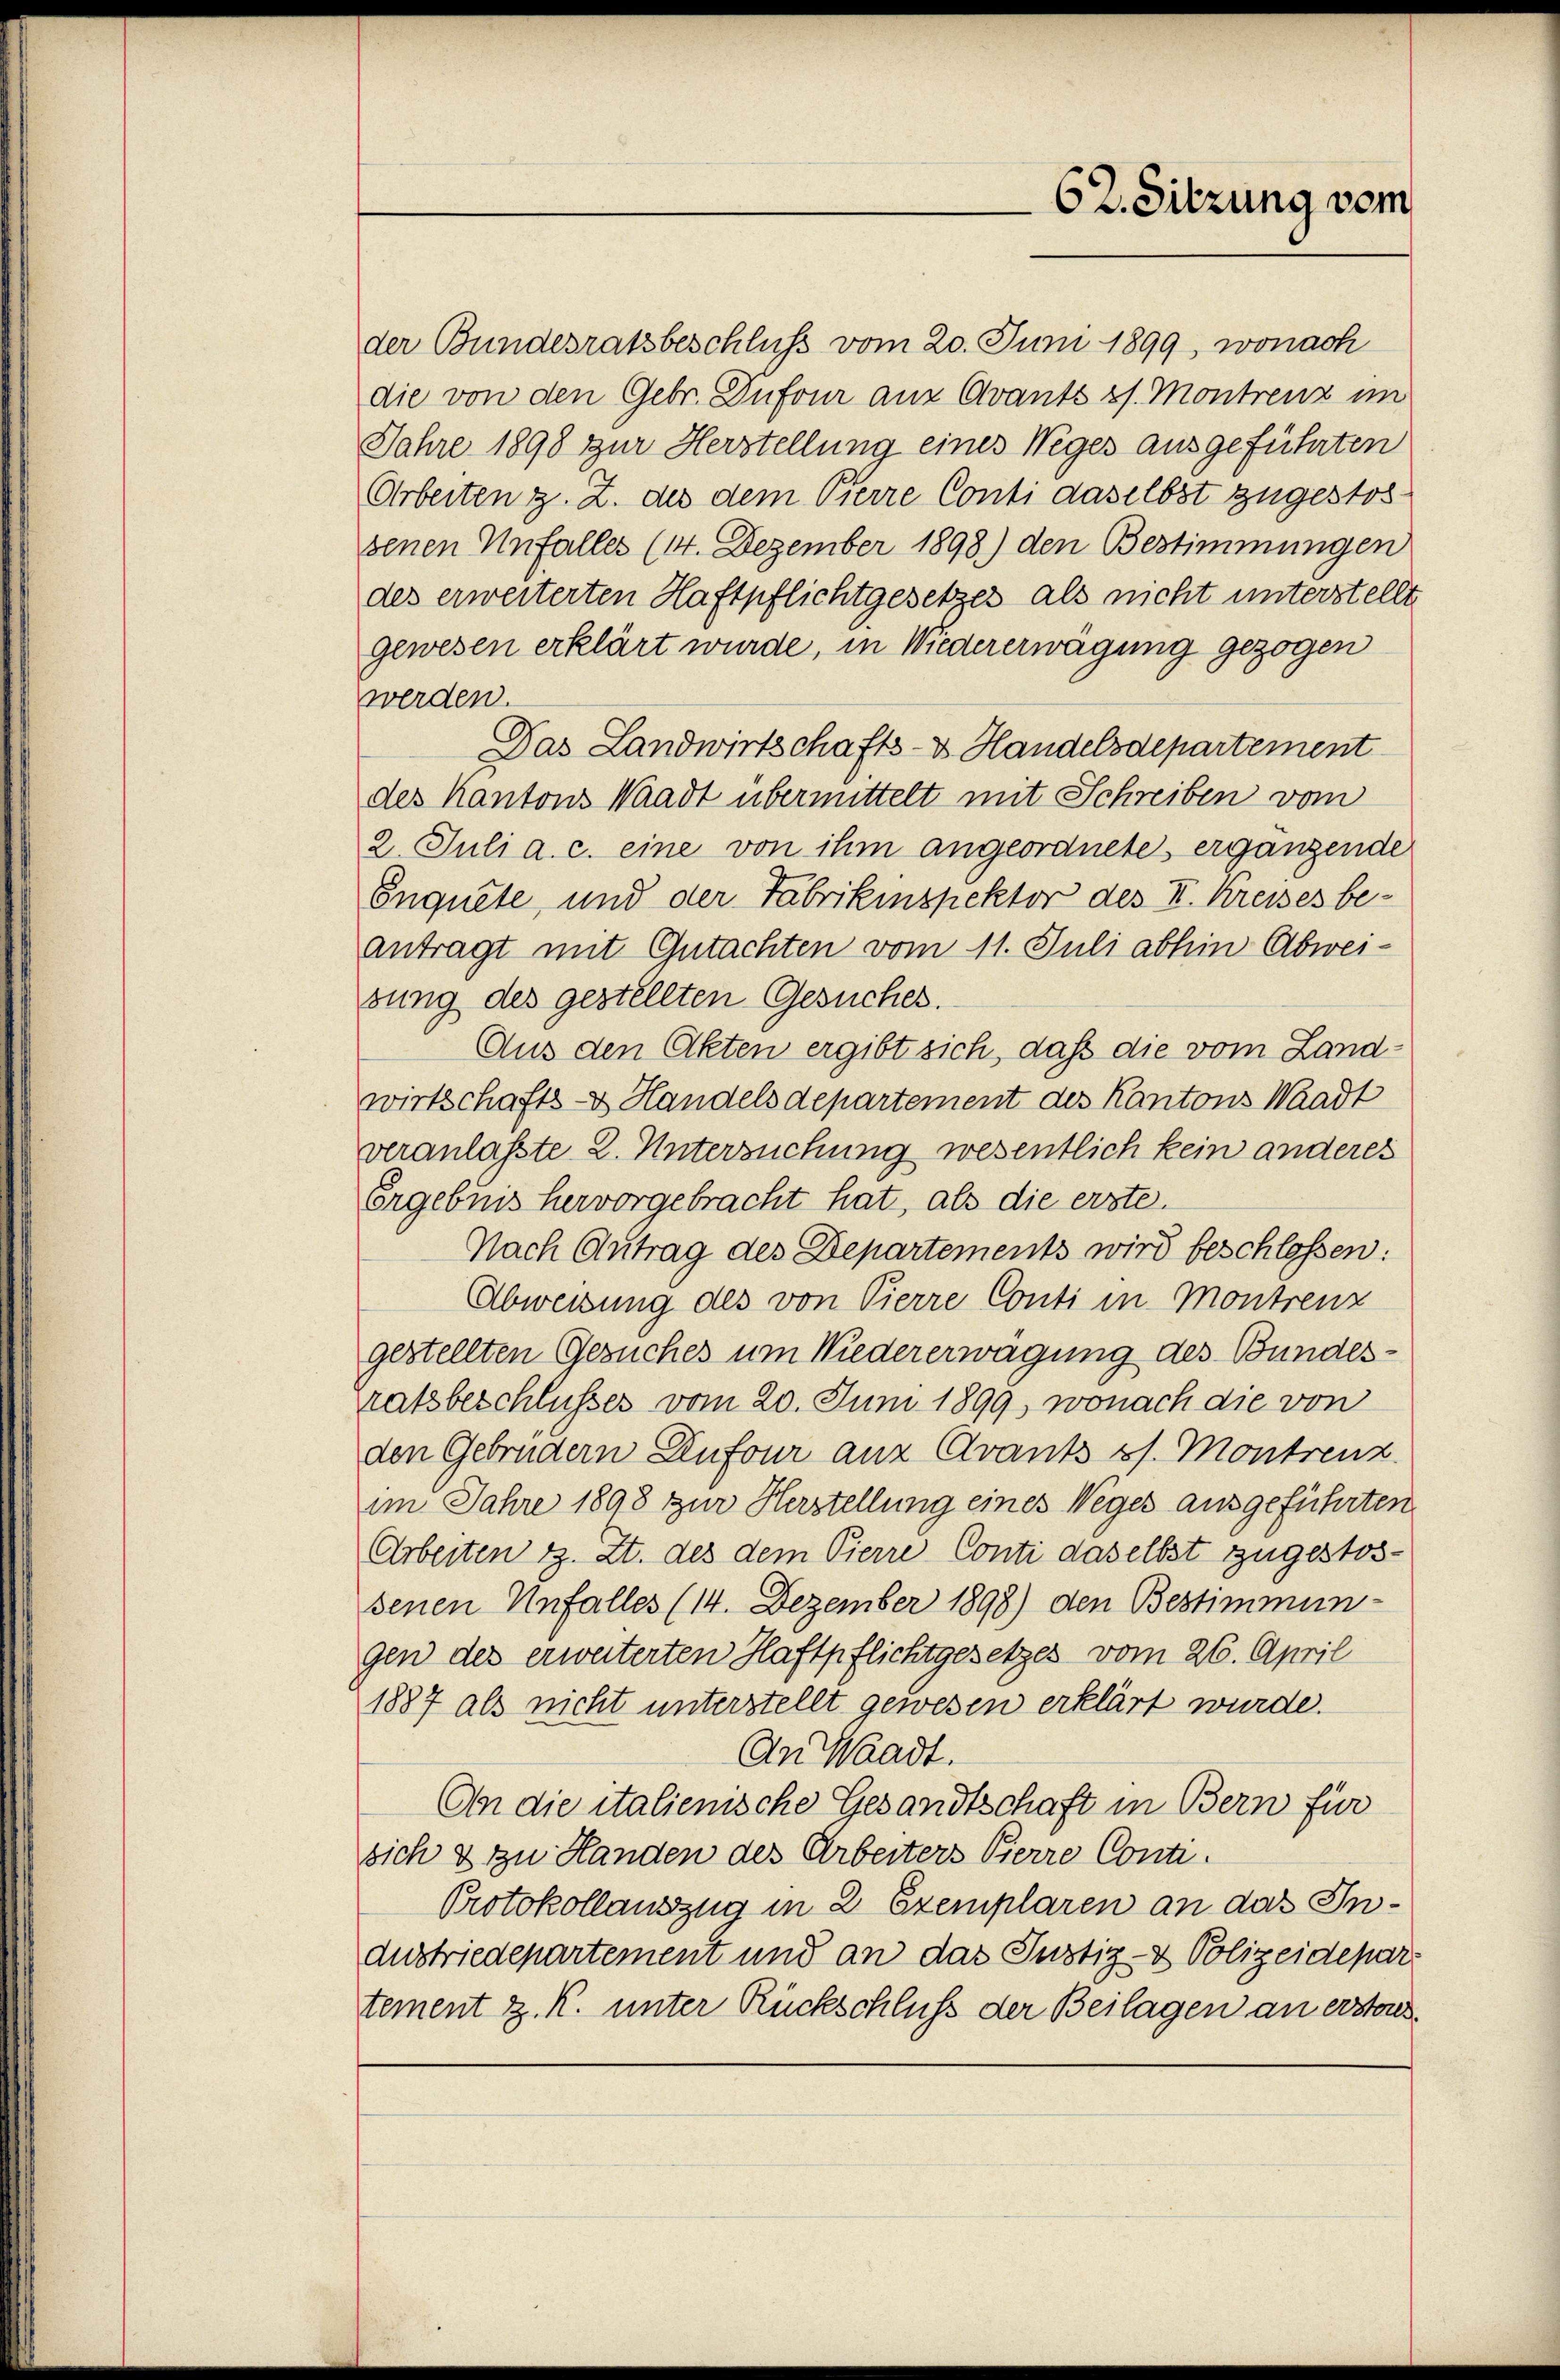
der Bundesratsbeschluss vom 20. Juni 1899, wonach
die von den Gebr. Dufour aus Avants s. Montrenz im
Jahre 1898 zur Herstellung eines Weges ausgeführten
Arbeiten z. Z. des dem Pierre Conti daselbst zugestos
senen Unfalles (14. Dezember 1898) den Bestimmungen
des erweiterten Haftpflichtgesetzes als nicht unterstellt
gewesen erklärt wurde, in Wiedererwägung gezogen
werden.
Das Landwirtschafts-S. Handelsdepartement
des Kantons Waadt übermittelt mit Schreiben vom
2. Juli a. c. eine von ihm angeordnete ergänzende
Enquete, und der Fabrikinspektor des II. Kreises beantragt mit Gutachten vom 11. Juli abhin Abweisung des gestellten Gesuches.
Aus den Akten ergibt sich, daß die vom Landwirtschafts- & Handelsdepartement des Kantons Waadt
veranlasste 2. Untersuchung wesentlich kein anderes
Ergebnis hervorgebracht hat, als die erste.
Nach Antrag des Departements wird beschlossen:
Abweisung des von Pierre Conti in Montrenz
gestellten Gesuches um Wiedererwägung des Bundesratsbeschlusses vom 20. Juni 1899, wonach die von
den Gebrüdern Enfour anz Avants es. Montrenz
im Jahre 1898 zur Herstellung eines Weges ausgeführten
Arbeiten z. Zt. des dem Vierre Conti daselbst zugestos-
senen Unfalles (14. Dezember 1898) den Bestimmun-
gen des erweiterten Haftpflichtgesetzes vom 26. April
1887 als nicht unterstellt gewesen erklärt wurde.
An Waadt.
An die italienische Gesandtschaft in Bern für
sich & zu Handen des Arbeiters Pierre Conti
Protokollauszug in 2 Exemplaren an das In¬
Austriedepartement und an das Justiz- & Polizeidepar
tement z. K. unter Rückschluß der Beilagen an erstons¬

62. Sitzung vom